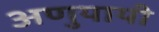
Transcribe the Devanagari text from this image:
अणुयायी